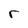
Character: r